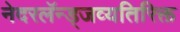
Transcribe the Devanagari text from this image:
नेदरलॅन्ड्जव्यतिरिक्त